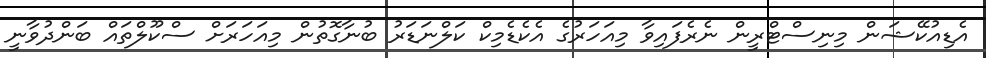
އެޑިއުކޭޝަން މިނިސްޓްރީން ނެރެފައިވާ މިއަހަރުގެ އެކެޑެމިކް ކަލްނަޑަރު ބުނާގޮތުން މިއަހަރަށް ސްކޫލްތައް ބަންދުވާނީ